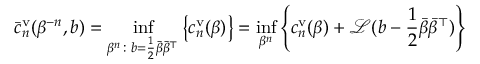
\bar { c } _ { n } ^ { \mathrm { v } } ( \beta ^ { - n } , b ) = \operatorname* { i n f } _ { \beta ^ { n } \colon b = \frac 1 2 \bar { \beta } \bar { \beta } ^ { \top } } \left\{ c _ { n } ^ { \mathrm { v } } ( \beta ) \right\} = \operatorname* { i n f } _ { \beta ^ { n } } \left\{ c _ { n } ^ { \mathrm { v } } ( \beta ) + \mathcal { L } ( b - \frac 1 2 \bar { \beta } \bar { \beta } ^ { \top } ) \right\}